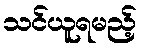
သင်ယူရမည့်